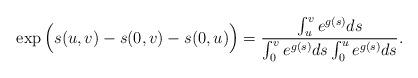
LaTeX: \begin{align*}\exp\Big(s(u,v)-s(0,v)-s(0,u)\Big) = \frac{\int_{u}^v e^{g(s)}ds}{\int_{0}^v e^{g(s)}ds \int_{0}^u e^{g(s)}ds}.\end{align*}